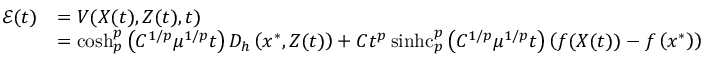
\begin{array} { r l } { \mathcal { E } ( t ) } & { = V ( X ( t ) , Z ( t ) , t ) } \\ & { = \cosh _ { p } ^ { p } \left( C ^ { 1 / p } \mu ^ { 1 / p } t \right) D _ { h } \left( x ^ { * } , Z ( t ) \right) + C t ^ { p } \operatorname { s i n h c } _ { p } ^ { p } \left( C ^ { 1 / p } \mu ^ { 1 / p } t \right) \left( f ( X ( t ) ) - f \left( x ^ { * } \right) \right) } \end{array}